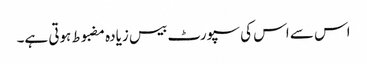
اس سے اس کی سپورٹ بیس زیادہ مضبوط ہوتی ہے۔